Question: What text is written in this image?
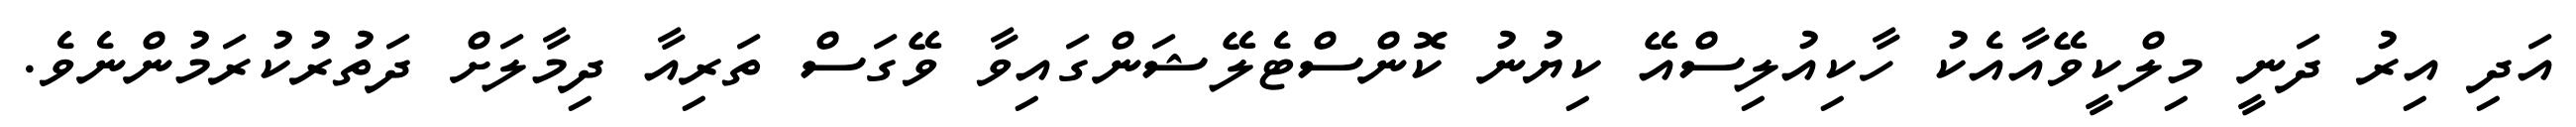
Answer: އަދި އިރު ދަނީ މިލްކީވޭއާއެކު ހާކިއުލިސްއޭ ކިޔުނު ކޮންސްޓެލޭޝަންގައިވާ ވޭގަސް ތަރިއާ ދިމާލަށް ދަތުރުކުރަމުންނެވެ.